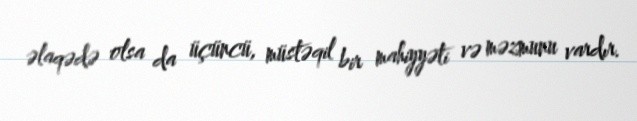
əlaqədə olsa da üçüncü, müstəqil bir mahiyyəti və məzmunu vardır.